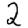
Digit: 2